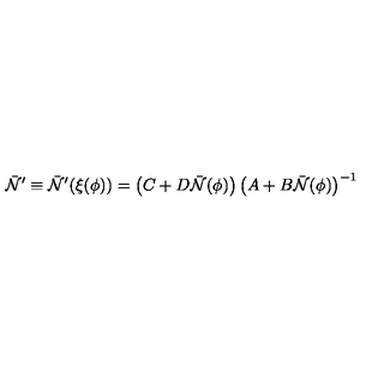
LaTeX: { \bar { \cal N } } ^ { \prime } \equiv { \bar { \cal N } } ^ { \prime } ( \xi ( \phi ) ) = \left( C + D { \bar { \cal N } } ( \phi ) \right) \left( A + B { \bar { \cal N } } ( \phi ) \right) ^ { - 1 }